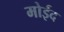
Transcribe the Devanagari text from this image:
मोईद